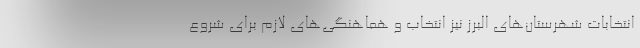
انتخابات شهرستان‌های البرز نیز انتخاب و هماهنگی‌های لازم برای شروع